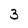
Character: 3